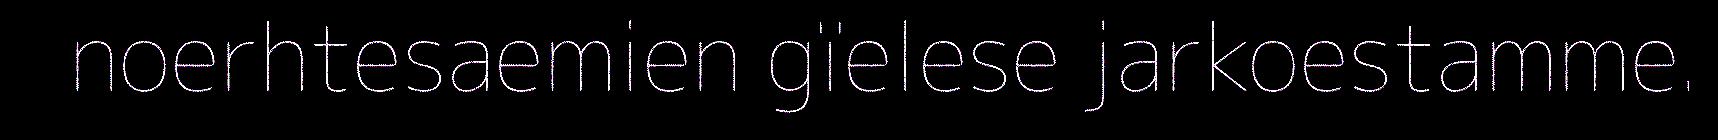
noerhtesaemien gïelese jarkoestamme.